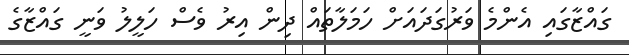
ގައްޒާގައި އެންމެ ވަރުގަދައަށް ހަމަލާތައް ދިން އިރު ވެސް ހަލީލު ވަނީ ގައްޒާގެ